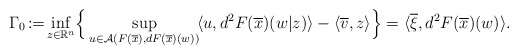
\begin{align*} \Gamma_0\!:=\!\inf_{z\in\mathbb{R}^n}\!\Big\{\sup_{u\in\mathcal{A}(F(\overline{x}),dF(\overline{x})(w))}\!\langle u,d^2F(\overline{x})(w|z)\rangle-\langle\overline{v},z\rangle\Big\} =\langle \overline{\xi},d^2 F(\overline{x})(w)\rangle. \end{align*}